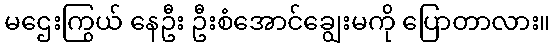
မဌေးကြွယ် နေဦး ဦးစံအောင်ချွေးမကို ပြောတာလား။